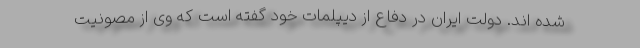
شده اند. دولت ایران در دفاع از دیپلمات خود گفته است که وی از مصونیت